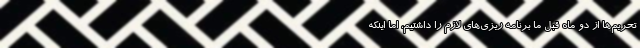
تحریم‌ها از دو ماه قبل ما برنامه ریزی‌های لازم را داشتیم، اما اینکه